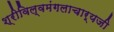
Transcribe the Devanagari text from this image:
श्रीविल्वमंगलाचार्यजी